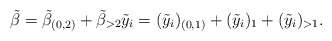
\begin{align*}\tilde{\beta} = \tilde{\beta}_{(0,2)} + \tilde{\beta}_{>2} \tilde{y}_i = (\tilde{y}_i)_{(0,1)} + (\tilde{y}_{i})_{1} + (\tilde{y}_i)_{>1}.\end{align*}